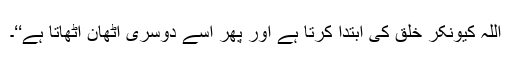
اللہ کیونکر خلق کی ابتدا کرتا ہے اور پھر اسے دوسری اٹھان اٹھاتا ہے‘‘۔